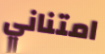
امتناني